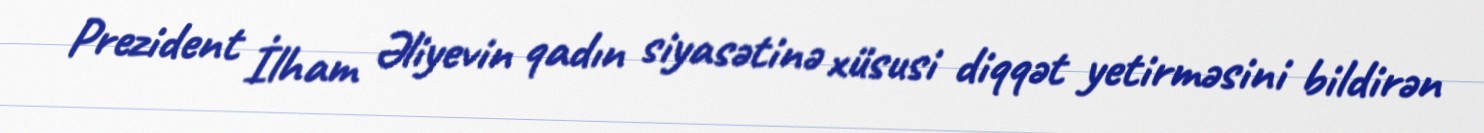
Prezident İlham Əliyevin qadın siyasətinə xüsusi diqqət yetirməsini bildirən